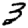
Digit: 3